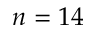
n = 1 4